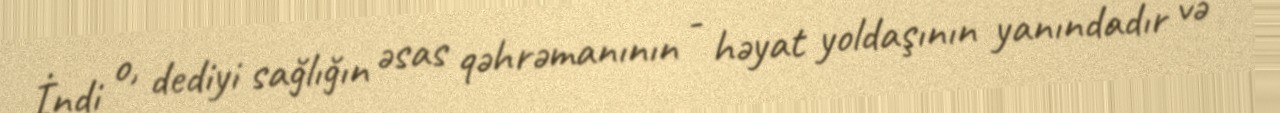
İndi o, dediyi sağlığın əsas qəhrəmanının - həyat yoldaşının yanındadır və